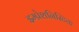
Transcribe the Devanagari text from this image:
इम्प्रेशनिस्टिक